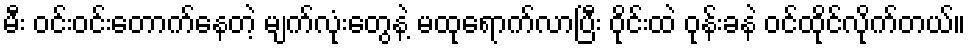
မီး ဝင်းဝင်းတောက်နေတဲ့ မျက်လုံးတွေနဲ့ မထုရောက်လာပြီး ဝိုင်းထဲ ဝုန်းခနဲ ဝင်ထိုင်လိုက်တယ်။